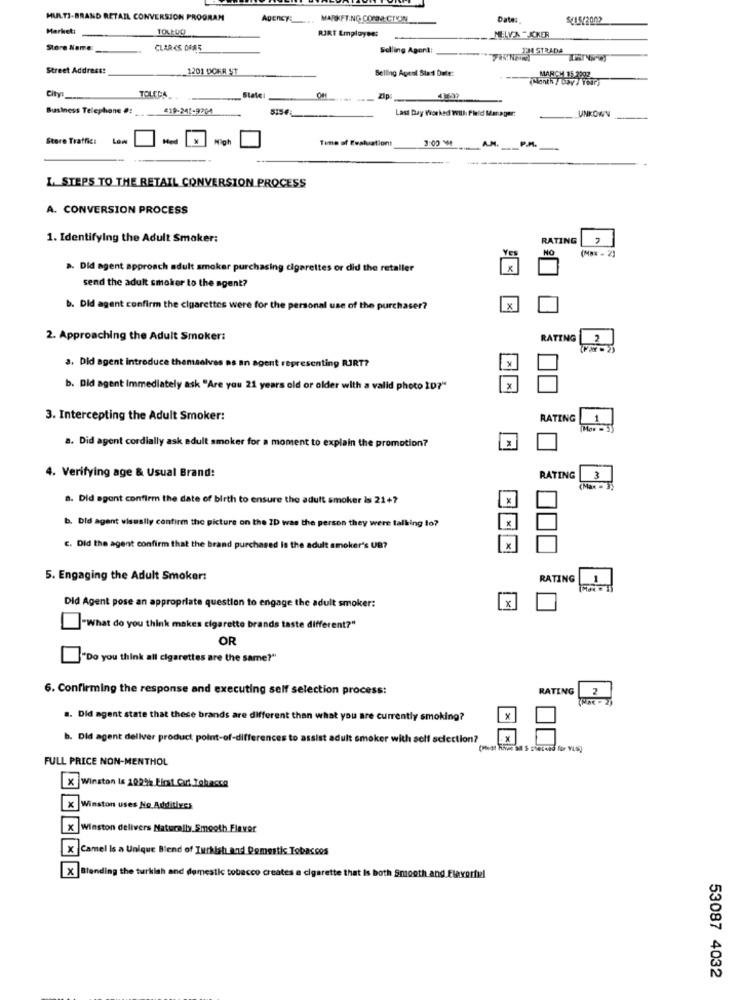
MULTI-BRAND RETAIL CONVERSION PROGRAM
Agency :__.
MARKETING CONM CTOIN
Date:
S215/2002
Marketi
TOLEDO
RJRT Employee:
MELVAKKER
Store Name
CLARKS OFA5
Selling Agent:
13A STRADA
Street Address!
1201 DOKR ST
Selling Ageal Start Date:
Month / Day / Twar;
TOLCCA
City
State
Business Telephone #! ...
419-245-9704
Last Day Worked WILL: Fleld Manager:
UNKOWY
Store Traffic:
High
Time of Evaluationt
3:00
A.M.
P.M.
L_STEPS TO THE RETAIL CONVERSION PROCESS
A. CONVERSION PROCESS
1. Identifying the Adult Smaker:
RATING
Ye
NO
a. Did agent approach adult smoker purchasing cigarettes or did the retaller
send the adult smoker to the agent?
b. Did agent confirm the cigarettes were for the personal use of the purchaser?
x
2. Approaching the Adult Smoker:
RATING
a. Did agent introduce themselves as an agent representing RJRT?
b. Did agent Immediately ask "Are you 21 years old or older with a valid photo 10?"
X
3. Intercepting the Adult Smoker:
RATING
1
(Mow = 5
a. Did agent cordially ask adult smoker for a moment to explain the promotion?
4. Verifying age & Usual Brand:
RATING
3
(Max = 3)
8. Did agent confirm the date of birth to ensure the adult smoker is 21+7
b. Did agent visually confirm the picture on the ID was the person they were talking lo?
C. Did the agent confirm that the brand purchased is the adult smoker's UB?
X
5. Engaging the Adult Smoker:
RATING
1
x
Did Agent pose an appropriate question to engage the adult smoker:
"What do you think makes cigarette brands taste different?"
OR
"Do you think all cigarettes are the same?"
6. Confirming the response and executing self selection process:
RATING
.. Did agent state that these brands are different than what you are currently smoking?
X
b. Did agent deliver product point-of-differences to assist adult smoker with self selection?
x
FULL PRICE NON-MENTHOL
X Winston is 1029% First Cart Tohacca
Winston uses No Additives
Winston delivers Naturally Smooth Flaver
X Camel Is a Unique Blend of Turkish and Demestis Tobaccos
X |Blending the turkish and domestic tobacco creates a cigarette that Is both Smooth and Flavorful
53087 4032